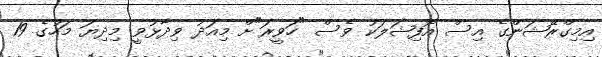
އިމިގްރޭޝަންގެ އިސް އޮފިޝަލަކު ވެސް "ހަވީރަ"ށް މިއަދު ވިދާޅުވީ މިދިޔަ މަހުގެ 19